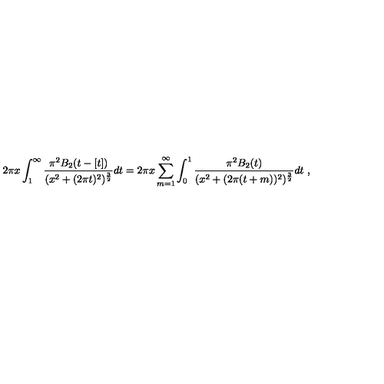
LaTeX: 2 \pi x \int _ { 1 } ^ { \infty } { \frac { \pi ^ { 2 } B _ { 2 } ( t - [ t ] ) } { ( x ^ { 2 } + ( 2 \pi t ) ^ { 2 } ) ^ { { \frac { 3 } { 2 } } } } } d t = 2 \pi x \sum _ { m = 1 } ^ { \infty } \int _ { 0 } ^ { 1 } { \frac { \pi ^ { 2 } B _ { 2 } ( t ) } { ( x ^ { 2 } + ( 2 \pi ( t + m ) ) ^ { 2 } ) ^ { { \frac { 3 } { 2 } } } } } d t \ ,